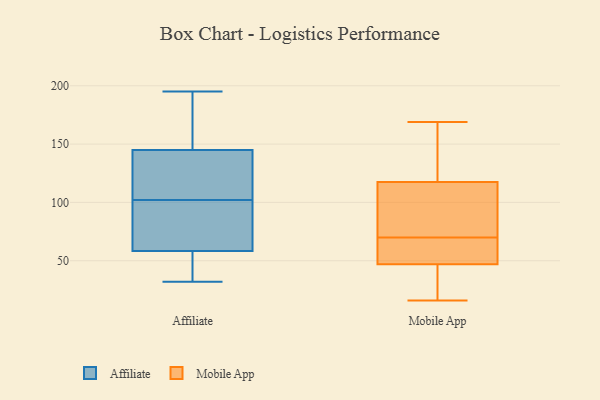
{"axis": {"x": "Budget (USD K)", "y": "Value"}, "legend": ["Affiliate", "Mobile App"], "data": [{"x": "", "y": 145, "type": "Affiliate"}, {"x": "", "y": 133, "type": "Affiliate"}, {"x": "", "y": 35, "type": "Affiliate"}, {"x": "", "y": 125, "type": "Affiliate"}, {"x": "", "y": 85, "type": "Affiliate"}, {"x": "", "y": 116, "type": "Affiliate"}, {"x": "", "y": 186, "type": "Affiliate"}, {"x": "", "y": 55, "type": "Affiliate"}, {"x": "", "y": 195, "type": "Affiliate"}, {"x": "", "y": 32, "type": "Affiliate"}, {"x": "", "y": 68, "type": "Affiliate"}, {"x": "", "y": 40, "type": "Affiliate"}, {"x": "", "y": 152, "type": "Affiliate"}, {"x": "", "y": 145, "type": "Affiliate"}, {"x": "", "y": 159, "type": "Affiliate"}, {"x": "", "y": 78, "type": "Affiliate"}, {"x": "", "y": 102, "type": "Affiliate"}, {"x": "", "y": 50, "type": "Affiliate"}, {"x": "", "y": 97, "type": "Affiliate"}, {"x": "", "y": 30, "type": "Mobile App"}, {"x": "", "y": 44, "type": "Mobile App"}, {"x": "", "y": 72, "type": "Mobile App"}, {"x": "", "y": 145, "type": "Mobile App"}, {"x": "", "y": 107, "type": "Mobile App"}, {"x": "", "y": 64, "type": "Mobile App"}, {"x": "", "y": 166, "type": "Mobile App"}, {"x": "", "y": 169, "type": "Mobile App"}, {"x": "", "y": 69, "type": "Mobile App"}, {"x": "", "y": 30, "type": "Mobile App"}, {"x": "", "y": 50, "type": "Mobile App"}, {"x": "", "y": 62, "type": "Mobile App"}, {"x": "", "y": 122, "type": "Mobile App"}, {"x": "", "y": 16, "type": "Mobile App"}, {"x": "", "y": 113, "type": "Mobile App"}, {"x": "", "y": 71, "type": "Mobile App"}]}